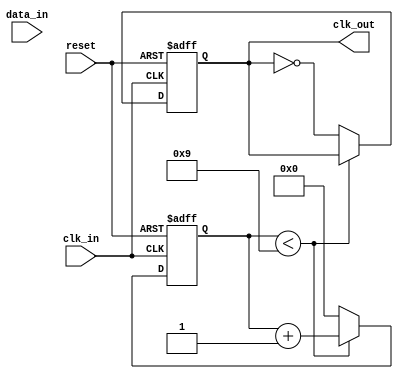
module PLL (
    input wire clk_in,       // Incoming data clock
    input wire data_in,      // Incoming data signal
    output reg clk_out,      // Output clock signal
    input wire reset         // Reset signal
);

// Parameters
parameter integer PHASE_ERR_WIDTH = 4; // Width of the phase error signal
parameter integer CTRL_WIDTH = 8;       // Width of the control voltage signal
parameter integer VCO_PERIOD = 10;       // VCO period in clock cycles

// Registers
reg [PHASE_ERR_WIDTH-1:0] phase_error;  // Phase error signal
reg [CTRL_WIDTH-1:0] control_voltage;    // Control voltage for VCO
reg [3:0] vco_counter;                   // VCO counter for clk_out generation

// Memory block to store phase information
reg [PHASE_ERR_WIDTH-1:0] phase_memory [0:15]; // Simple FIFO memory
integer mem_ptr = 0;

// Phase Detector
always @(posedge clk_in or posedge reset) begin
    if (reset) begin
        phase_error <= 0;
    end else begin
        // Simple edge detection for phase error
        if (data_in && !clk_out) begin
            phase_error <= 1; // Data rising edge detected
        end else if (!data_in && clk_out) begin
            phase_error <= -1; // Clock rising edge detected
        end else begin
            phase_error <= 0; // No phase error
        end
        
        // Store phase information
        phase_memory[mem_ptr] <= phase_error;
        mem_ptr <= (mem_ptr + 1) % 16; // Circular buffer
    end
end

// Loop Filter
always @(posedge clk_in or posedge reset) begin
    if (reset) begin
        control_voltage <= 0;
    end else begin
        // Simple first-order low-pass filter
        control_voltage <= control_voltage + (phase_memory[mem_ptr] >> 1);
    end
end

// Voltage-Controlled Oscillator (VCO)
always @(posedge clk_in or posedge reset) begin
    if (reset) begin
        vco_counter <= 0;
        clk_out <= 0;
    end else begin
        // VCO implementation
        if (vco_counter < VCO_PERIOD - 1) begin
            vco_counter <= vco_counter + 1;
        end else begin
            clk_out <= ~clk_out; // Toggle output clock
            vco_counter <= 0;
        end
    end
end

endmodule